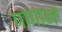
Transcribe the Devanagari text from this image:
गणानं